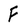
Character: F